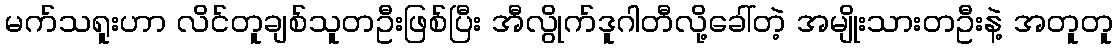
မက်သရူးဟာ လိင်တူချစ်သူတဦးဖြစ်ပြီး အီလွိုက်ဒူဂါတီလို့ခေါ်တဲ့ အမျိုးသားတဦးနဲ့ အတူတူ